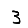
Digit: 3